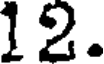
12.